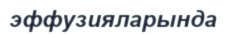
эффузияларында